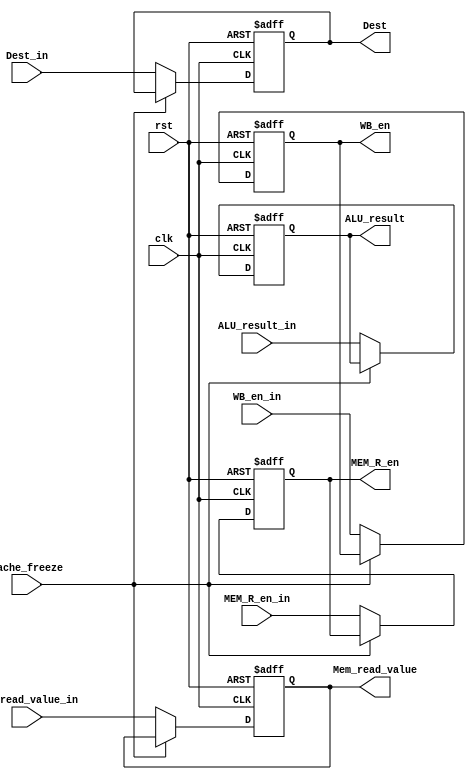
module MEM_Stage_Reg(
    input clk, rst, cache_freeze, WB_en_in, MEM_R_en_in,
    input [31:0] ALU_result_in, Mem_read_value_in,
    input [3:0] Dest_in,
    output reg WB_en, MEM_R_en,
    output reg [31:0] ALU_result, Mem_read_value,
    output reg [3:0] Dest
    );
    
    always @(posedge clk, posedge rst) begin
        if (rst) begin
            WB_en <= 1'b0;
            MEM_R_en <= 1'b0;
            ALU_result <= 32'b0;
            Mem_read_value <= 32'b0;
            Dest <= 4'b0;
        end
        else if (~cache_freeze) begin
            WB_en <= WB_en_in;
            MEM_R_en <= MEM_R_en_in;
            ALU_result <= ALU_result_in;
            Mem_read_value <= Mem_read_value_in;
            Dest <= Dest_in;
        end
    end

endmodule